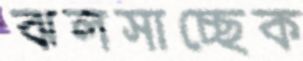
ঝলসাচ্ছেক